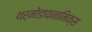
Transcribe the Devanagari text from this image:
थर्मोडायनामिक्‍स